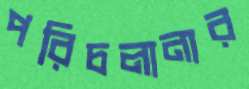
পরিচলানার